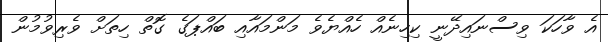
އެ ވާހަކަ ވިސްނައިދޭނީ ކިހިނެއް ހެއްޔެވެ މަންމައާއި ބައްޕަގެ ގޮތް ހިތަށް ވެރިވުމުން